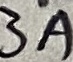
Text: 3A